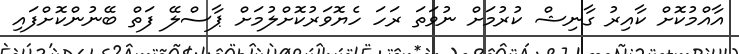
އާއްމުކޮށް ކާއިރު ގާނިޝް ކުރުމަށް ނުވަތަ ރަހަ ހެޔޮވަރުކޮށްލުމަށް ޕާސްލޭ ފަތް ބޭނުންކޮށްފައި